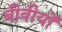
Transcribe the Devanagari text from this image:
बीवीयों